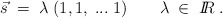
\begin{align*}\vec{s} \; = \; \lambda \; ( 1,1, \; ... \; 1 )\; \; \; \; \; \; \; \lambda \; \in \; I\!\!R \; .\end{align*}